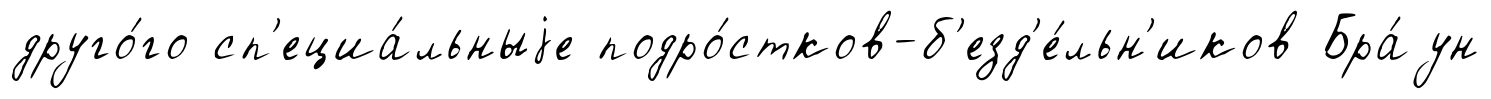
друго́го сп'ециа́льныjе подро́стков-б'езд'е́льн'иков Бра́ун